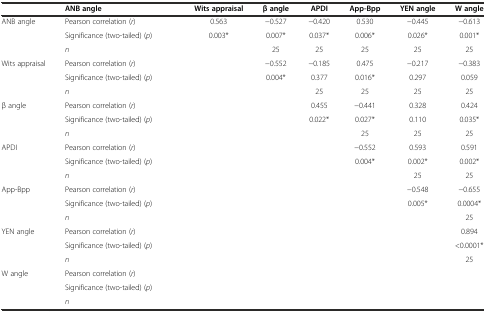
<table><thead><tr><td></td><td colspan="2"><b>ANB angle</b></td><td><b>Wits appraisal</b></td><td><b>β angle</b></td><td><b>APDI</b></td><td><b>App-Bpp</b></td><td><b>YEN angle</b></td><td><b>W angle</b></td></tr></thead><tbody><tr><td rowspan="3">ANB angle</td><td>Pearson correlation (<i>r</i>)</td><td></td><td>0.563</td><td>−0.527</td><td>−0.420</td><td>0.530</td><td>−0.445</td><td>−0.613</td></tr><tr><td>Significance (two-tailed) (<i>p</i>)</td><td></td><td>0.003*</td><td>0.007*</td><td>0.037*</td><td>0.006*</td><td>0.026*</td><td>0.001*</td></tr><tr><td><i>n</i></td><td></td><td></td><td>25</td><td>25</td><td>25</td><td>25</td><td>25</td></tr><tr><td rowspan="3">Wits appraisal</td><td>Pearson correlation (<i>r</i>)</td><td></td><td></td><td>−0.552</td><td>−0.185</td><td>0.475</td><td>−0.217</td><td>−0.383</td></tr><tr><td>Significance (two-tailed) (<i>p</i>)</td><td></td><td></td><td>0.004*</td><td>0.377</td><td>0.016*</td><td>0.297</td><td>0.059</td></tr><tr><td><i>n</i></td><td></td><td></td><td></td><td>25</td><td>25</td><td>25</td><td>25</td></tr><tr><td rowspan="3">β angle</td><td>Pearson correlation (<i>r</i>)</td><td></td><td></td><td></td><td>0.455</td><td>−0.441</td><td>0.328</td><td>0.424</td></tr><tr><td>Significance (two-tailed) (<i>p</i>)</td><td></td><td></td><td></td><td>0.022*</td><td>0.027*</td><td>0.110</td><td>0.035*</td></tr><tr><td><i>n</i></td><td></td><td></td><td></td><td></td><td>25</td><td>25</td><td>25</td></tr><tr><td rowspan="3">APDI</td><td>Pearson correlation (<i>r</i>)</td><td></td><td></td><td></td><td></td><td>−0.552</td><td>0.593</td><td>0.591</td></tr><tr><td>Significance (two-tailed) (<i>p</i>)</td><td></td><td></td><td></td><td></td><td>0.004*</td><td>0.002*</td><td>0.002*</td></tr><tr><td><i>n</i></td><td></td><td></td><td></td><td></td><td></td><td>25</td><td>25</td></tr><tr><td rowspan="3">App-Bpp</td><td>Pearson correlation (<i>r</i>)</td><td></td><td></td><td></td><td></td><td></td><td>−0.548</td><td>−0.655</td></tr><tr><td>Significance (two-tailed) (<i>p</i>)</td><td></td><td></td><td></td><td></td><td></td><td>0.005*</td><td>0.0004*</td></tr><tr><td><i>n</i></td><td></td><td></td><td></td><td></td><td></td><td></td><td>25</td></tr><tr><td rowspan="3">YEN angle</td><td>Pearson correlation (<i>r</i>)</td><td></td><td></td><td></td><td></td><td></td><td></td><td>0.894</td></tr><tr><td>Significance (two-tailed) (<i>p</i>)</td><td></td><td></td><td></td><td></td><td></td><td></td><td>&lt;0.0001*</td></tr><tr><td><i>n</i></td><td></td><td></td><td></td><td></td><td></td><td></td><td>25</td></tr><tr><td rowspan="3">W angle</td><td>Pearson correlation (<i>r</i>)</td><td></td><td></td><td></td><td></td><td></td><td></td><td></td></tr><tr><td>Significance (two-tailed) (<i>p</i>)</td><td></td><td></td><td></td><td></td><td></td><td></td><td></td></tr><tr><td><i>n</i></td><td></td><td></td><td></td><td></td><td></td><td></td><td></td></tr></tbody></table>